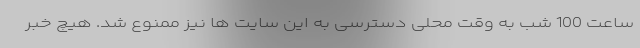
ساعت 100 شب به وقت محلی دسترسی به این سایت ها نیز ممنوع شد. هیچ خبر